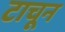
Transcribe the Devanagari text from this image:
टाचून